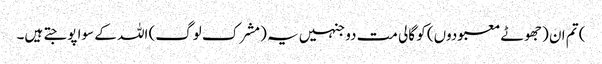
) تم ان (جھوٹے معبودوں) کو گالی مت دو جنہیں یہ (مشرک لوگ) اللہ کے سوا پوجتے ہیں۔